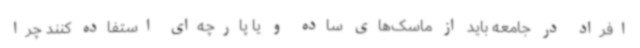
افراد در جامعه باید از ماسک‌های ساده و یا پارچه‌ای استفاده کنند چرا